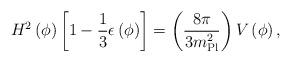
LaTeX: \begin{align*}H^2\left(\phi\right) \left[1 - {1\over 3} \epsilon\left(\phi\right)\right] = \left({8 \pi \over 3 m_{\rm Pl}^2}\right) V\left(\phi\right),\end{align*}